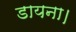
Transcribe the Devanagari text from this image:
डायना।